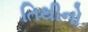
તિથીનો